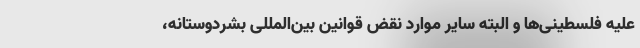
علیه فلسطینی‌ها و البته سایر موارد نقض قوانین بین‌المللی بشردوستانه،